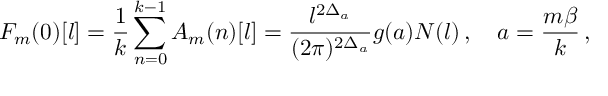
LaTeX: F _ { m } ( 0 ) [ l ] = \frac { 1 } { k } \sum _ { n = 0 } ^ { k - 1 } A _ { m } ( n ) [ l ] = \frac { l ^ { 2 \Delta _ { a } } } { ( 2 \pi ) ^ { 2 \Delta _ { a } } } g ( a ) N ( l ) \, , \quad a = \frac { m \beta } { k } \, ,